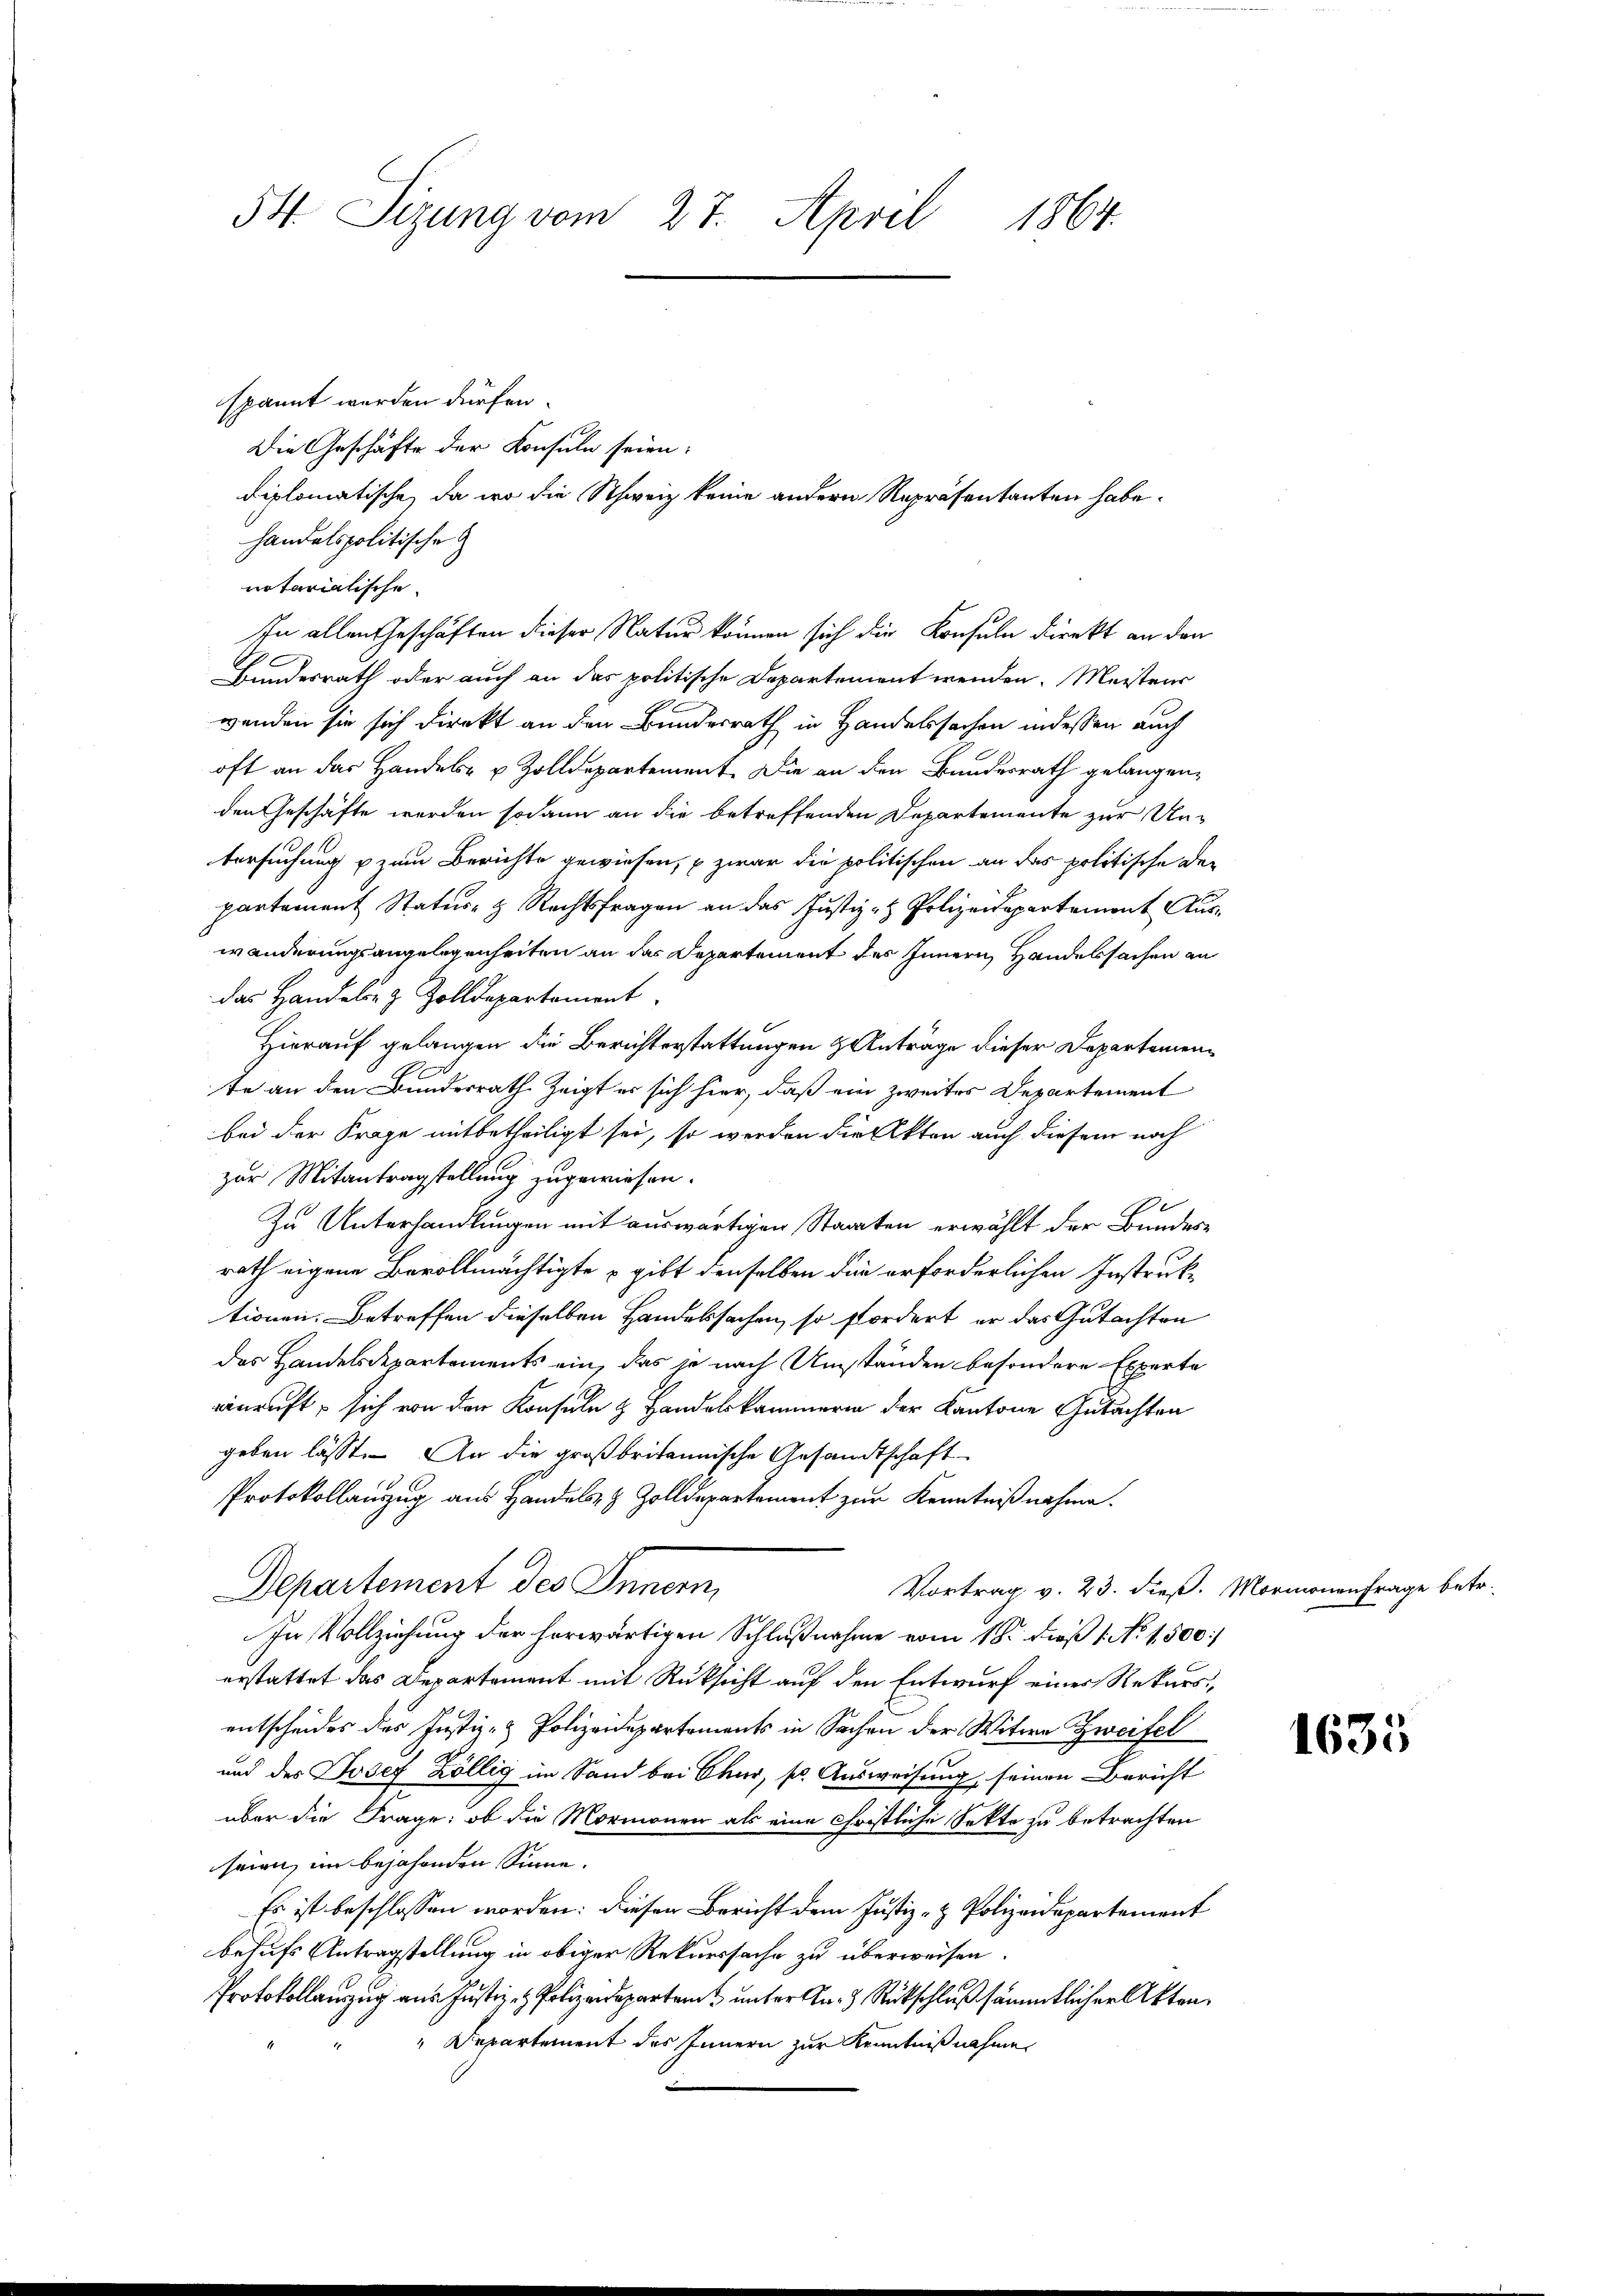
54. Sizung vom 27. April 1864.

spannt werden dürfen.
Die Geschäfte der Konsuln seien:
diplomatische, da wo die Schweiz keine andern Repräsentanten habe.
handelspolitische
notariatische
In allen Geschäften dieser Natur können sich die Konsuln Direkt an den
1
Bundesrath oder auch an das politische Departement wenden. Meistens
wenden sie sich direkt an den Bundesrath in Handelssachen indessen auch
oft an das Handels- u. Zolldepartement. Die an den Bundesrath gelangenden Geschäfte werden sodann an die betreffenden Departemente zur Untersuchung u zum Berichte gewiesen, u zwar die politischen an das politische Departement Statur- & Rechtsfragen an das Justiz- & Polizeidepartement Auswänderungsangelegenheiten an das Departement des Innern Handessachen an
das Handeln & Zolldepartement
Hierauf gelangen die Berichterstattungen & Anträge dieser Departemente an den Bundesrath zeigt er sich hier, daß ein zweites Departement
bei der Frage mitbetheiligt sei, so werden die Akten auch diesem noch
zur Mitantragstellung zugewiesen.
e
Zu Unterhandlungen mit auswärtigen Staaten erwählt der Bundesrath eigene Bevollmächtigte gibt denselben für erforderlichen Instruktionen. Betreffen dieselben Handelsachen, so fordert, er das Gutachten
des Handelsdepartements ein, das je nach Umständen besondere Experte
enruft, sich von den Konsuln & Handelskammern der Kantone Gutachten
geben lässt. An die großbritannische Gesandtschaft
Protokollanzug aus Handels- & Zolldepartement zur Kenntnißnahme.
Departement des Innern,
Vortrag v. 23. dieß. Mormonenfrage betr.
In Vollziehung der herwärtigen Schlußnahme vom 18. Fuß 1 No 1,500
erstattet das Departement mit Rüksicht auf den Entwurf eines Rekursentscheides des Justiz- & Polizeidepartements in Sachen der Witwe Zweifel
und des Josef Köllig im Sand bei Chur, s. Ausweisung, seinen Bericht
über die Frage: ob die Mormonen als eine christliche Sekte zu betrachten
seien, im bejahenden Sinne.
Es ist beschlossen worden: dieser Bericht dem Justiz- & Polizeidepartement
behufs Antragstellung in obiger Rekurssache zu überweisen.
Protokollanzug aus Justiz- & Polizendepartem unter u. Rückschluß sämmtlicher Akten.
" Departement des Innern zur Kenntnißnahmen

1635